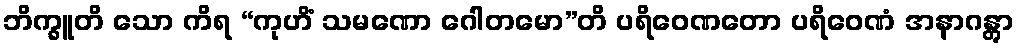
ဘိက္ခူတိ သော ကိရ “ကုဟိံ သမဏော ဂေါတမော”တိ ပရိဝေဏတော ပရိဝေဏံ အနာဂန္တွာ